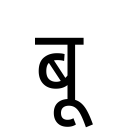
OCR:
बू